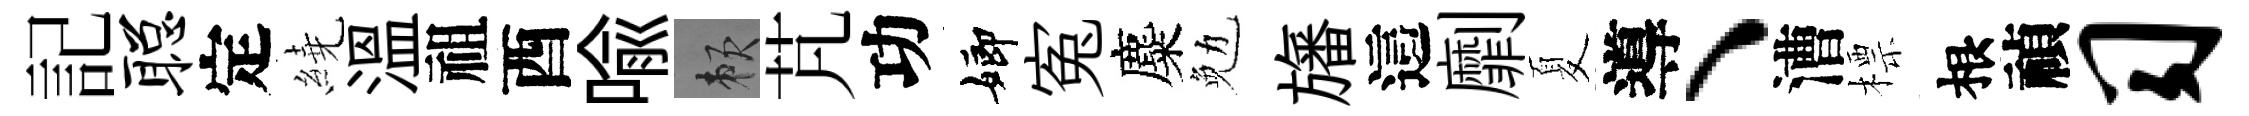
記聪定繞溫祖酉喩賴芃功嫏寃麋勉旛這劘夏導、漕標根禎习